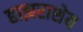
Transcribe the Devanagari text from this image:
हाझराशेय